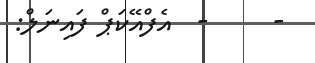
-     -  އެފްއޭކަޕް ފައިނަލް: